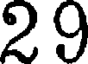
29